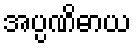
အပ္ပဏိဓာယ